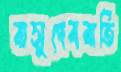
বাসুদেববাতি